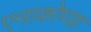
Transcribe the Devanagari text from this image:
एनाकोण्डा